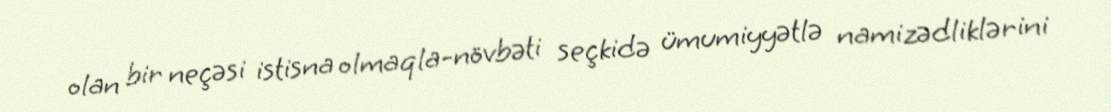
olan bir neçəsi istisna olmaqla-növbəti seçkidə ümumiyyətlə namizədliklərini